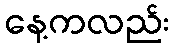
နေ့ကလည်း